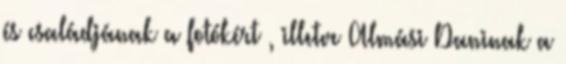
és családjának a fotókért , illetve Almási Daninak a